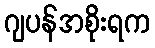
ဂျပန်အစိုးရက